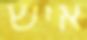
איש